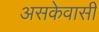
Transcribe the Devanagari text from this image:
असकेवासी